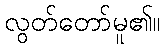
လွတ်တော်မူ၏။